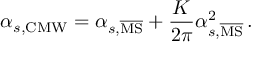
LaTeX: \alpha _ { s , \mathrm { C M W } } = \alpha _ { s , \mathrm { \overline { { { M S } } } } } + \frac { K } { 2 \pi } \alpha _ { s , \mathrm { \overline { { { M S } } } } } ^ { 2 } \, .